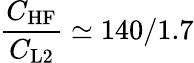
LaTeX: \frac{C_{\mathrm{HF}}}{C_{\mathrm{L2}}}\simeq 140/1.7